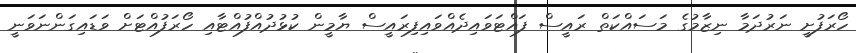
ހޯރަފުށީ ނަރުދަމާ ނިޒާމުގެ މަސައްކަތް ރައީސް ފައްޓަވައިދެއްވައިފިރައީސް ޔާމީން ކުޅުދުއްފުއްޓާއި ހޯރަފުއްޓަށް ވަޑައިގަންނަވަނީ